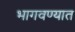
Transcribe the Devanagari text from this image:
भागवण्यात